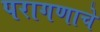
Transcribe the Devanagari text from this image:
परागणाचे